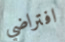
افتراضي